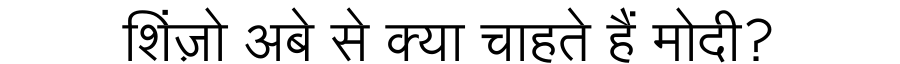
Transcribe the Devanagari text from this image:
शिंज़ो अबे से क्या चाहते हैं मोदी?